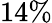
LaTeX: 14\%